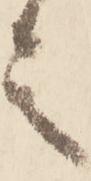
言